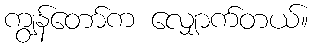
ကျွန်တော်က လျှောက်တယ်။